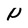
Character: N